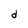
Character: d